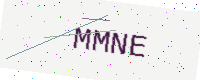
Text: MMNE